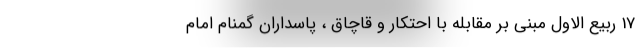
17 ربیع الاول مبنی بر مقابله با احتکار و قاچاق ، پاسداران گمنام امام